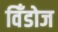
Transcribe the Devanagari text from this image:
विँडोज